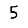
Digit: 5